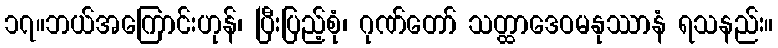
၁၇။ဘယ်အကြောင်းဟုန်၊ ပြီးပြည့်စုံ၊ ဂုဏ်တော် သတ္ထာဒေဝမနုဿာနံ ရသနည်း။